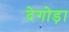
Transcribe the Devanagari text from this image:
देगोड़ा